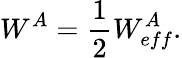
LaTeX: W^{A}=\frac{1}{2}W_{eff}^{A}.